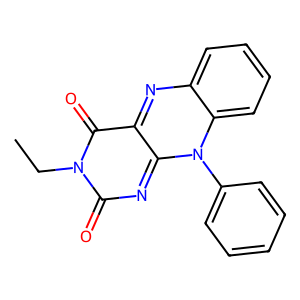
SMILES: CCn1c(=O)nc2n(-c3ccccc3)c3ccccc3nc-2c1=O
Inhibits HIV replication: No